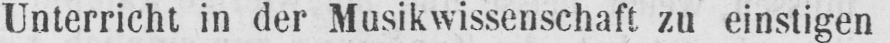
Unterricht in der Musikwissenschaft zu einstigen